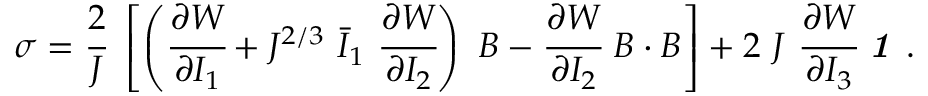
{ \boldsymbol { \sigma } } = { \cfrac { 2 } { J } } ~ \left[ \left( { \cfrac { \partial W } { \partial I _ { 1 } } } + J ^ { 2 / 3 } ~ { \bar { I } } _ { 1 } ~ { \cfrac { \partial W } { \partial I _ { 2 } } } \right) ~ { \boldsymbol { B } } - { \cfrac { \partial W } { \partial I _ { 2 } } } ~ { \boldsymbol { B } } \cdot { \boldsymbol { B } } \right] + 2 ~ J ~ { \cfrac { \partial W } { \partial I _ { 3 } } } ~ { \boldsymbol { \mathit { 1 } } } ~ .